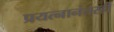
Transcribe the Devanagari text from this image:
प्रयत्नानंतरही